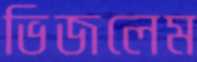
ভিজলেম